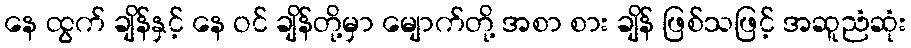
နေ ထွက် ချိန်နှင့် နေ ဝင် ချိန်တို့မှာ မျောက်တို့ အစာ စား ချိန် ဖြစ်သဖြင့် အဆူညံဆုံး